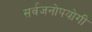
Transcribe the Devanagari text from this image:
सर्वजनाेपयाेगी